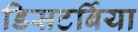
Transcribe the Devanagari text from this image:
डिसटर्बिया